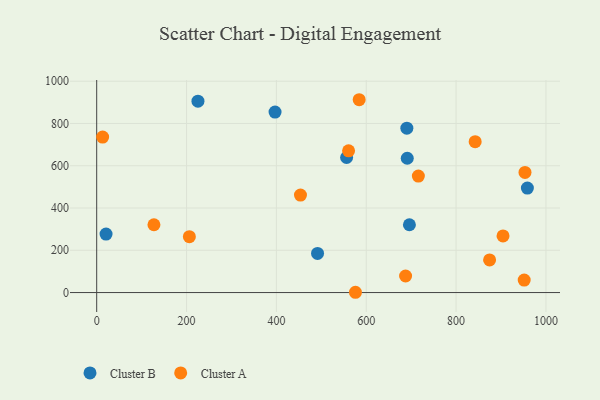
{"axis": {"x": "Experience", "y": "Yield"}, "legend": ["Cluster A", "Cluster B"], "data": [{"x": "690.4", "y": 777.7, "type": "Cluster B"}, {"x": "225.4", "y": 905.4, "type": "Cluster B"}, {"x": "696.1", "y": 320.7, "type": "Cluster B"}, {"x": "491.6", "y": 184.9, "type": "Cluster B"}, {"x": "958.7", "y": 494.2, "type": "Cluster B"}, {"x": "397.0", "y": 854.0, "type": "Cluster B"}, {"x": "20.8", "y": 276.8, "type": "Cluster B"}, {"x": "691.3", "y": 635.5, "type": "Cluster B"}, {"x": "556.3", "y": 639.0, "type": "Cluster B"}, {"x": "904.5", "y": 267.8, "type": "Cluster A"}, {"x": "560.7", "y": 670.7, "type": "Cluster A"}, {"x": "453.6", "y": 461.0, "type": "Cluster A"}, {"x": "127.4", "y": 320.7, "type": "Cluster A"}, {"x": "716.0", "y": 551.2, "type": "Cluster A"}, {"x": "951.6", "y": 59.1, "type": "Cluster A"}, {"x": "874.6", "y": 154.2, "type": "Cluster A"}, {"x": "576.0", "y": 1.3, "type": "Cluster A"}, {"x": "584.3", "y": 912.4, "type": "Cluster A"}, {"x": "953.4", "y": 568.2, "type": "Cluster A"}, {"x": "687.6", "y": 78.2, "type": "Cluster A"}, {"x": "842.5", "y": 713.7, "type": "Cluster A"}, {"x": "206.3", "y": 264.4, "type": "Cluster A"}, {"x": "13.2", "y": 735.6, "type": "Cluster A"}]}